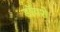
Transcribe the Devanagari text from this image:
डॉयशे